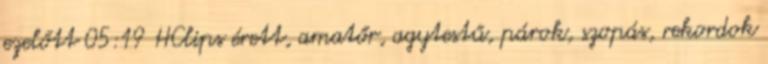
ezelőtt 05:19 HClips érett, amatőr, agytestű, párok, szopás, rekordok